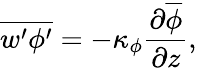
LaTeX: \overline{{w^{\prime}\phi^{\prime}}}=-\kappa_{\phi}\frac{\partial\overline{{\phi}}}{\partial z},